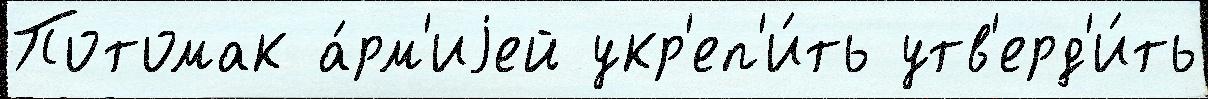
Потомак а́рм'иjей укр'еп'и́ть утв'ерд'и́ть